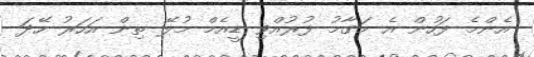
އެންމެ ފަހުން އެ މަގާމު ފުރުއްވި ޑީއެމް މުލޭ ތިން އަހަރު ހޭދަ